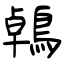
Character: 鵫